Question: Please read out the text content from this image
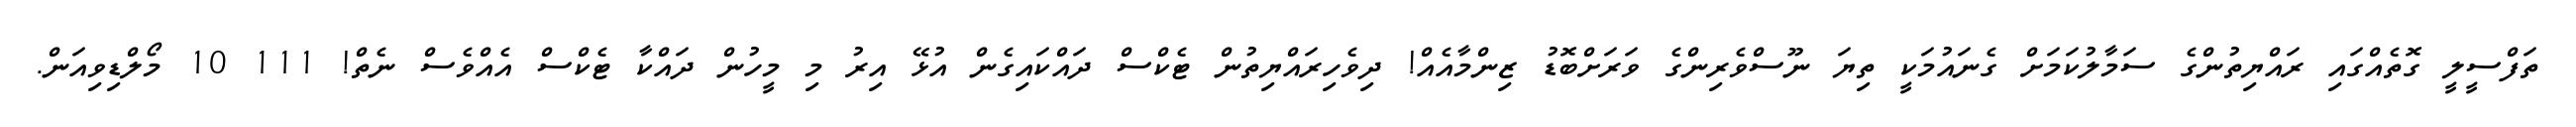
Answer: ތަފްސީލީ ގޮތެއްގައި ރައްޔިތުންގެ ސަމާލުކަމަށް ގެނައުމަކީ ތިޔަ ނޫސްވެރިންގެ ވަރަށްބޮޑު ޒިންމާއެއް! ދިވެހިރައްޔިތުން ޓެކްސް ދައްކައިގެން އުޅޭ އިރު މި މީހުން ދައްކާ ޓެކްސް އެއްވެސް ނެތް! 111 10 މޯލްޑިވިއަން.